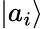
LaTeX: \textstyle|a_{i}\rangle